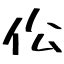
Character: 伀